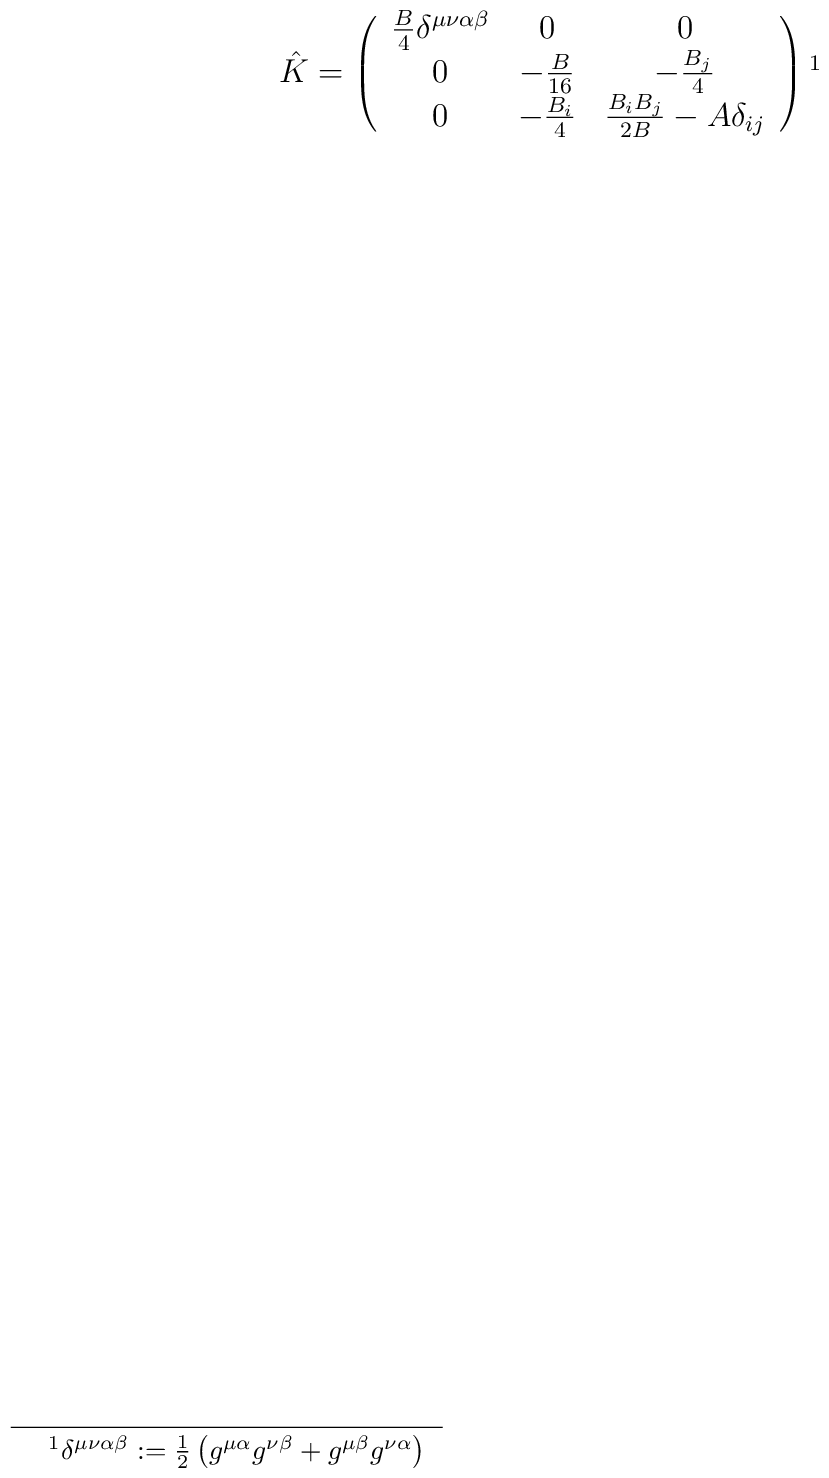
\hat{K}=\left(\begin{array}{ccc}              \frac{B}{4} \delta^{\mu\nu \alpha \beta} & 0 & 0\\              0 & -\frac{B}{16} & -\frac{B_j}{4} \\              0 & -\frac{B_i}{4} & \frac{B_iB_j}{2B} -A \delta_{ij}\end{array}\right)\footnote{$\delta^{\mu\nu \alpha \beta}:= \frac{1}{2}\left( g^{\mu \alpha}g^{\nu \beta}+g^{\mu \beta}g^{\nu \alpha}\right)$ }